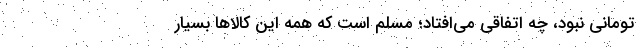
تومانی نبود، چه اتفاقی می‌افتاد؛ مسلم است که همه این کالاها بسیار